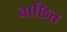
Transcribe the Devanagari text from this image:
वाछित